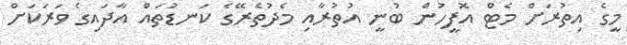
މީގެ އިތުރަށް މެޓް އޮފީހުން ބުނީ އުތުރާއި މެދުތެރޭގެ ކަނޑުތައް އާދައިގެ ވަރަކަށް